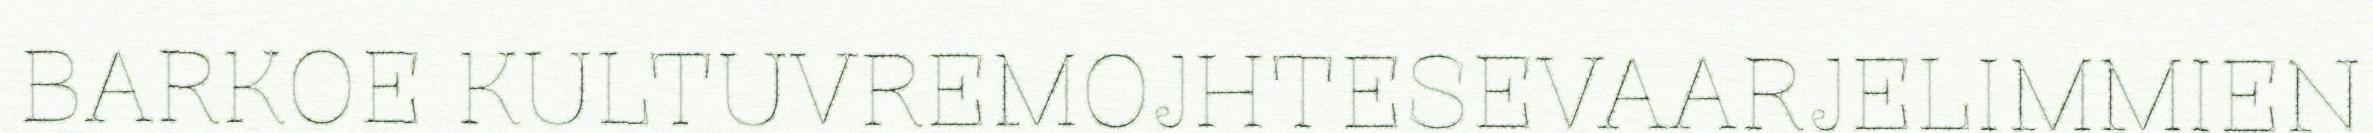
BARKOE KULTUVREMOJHTESEVAARJELIMMIEN